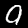
Digit: 9